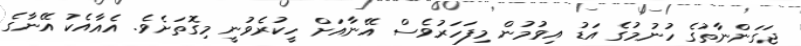
ޖަގަންނާތުގެ ހުނުމުގެ އަޑު އިވުމުން މިފަހަރުވެސް އޭނާއަށް ހީކުރެވުނީ މިގޮތަށެވެ. އެއާއެކު އޭނާގެ